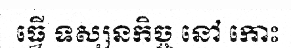
ធ្វើ ទស្សនកិច្ច នៅ កោះ